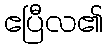
ဧပြီလ၏